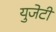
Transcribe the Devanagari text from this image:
युजेटी